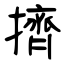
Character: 擠